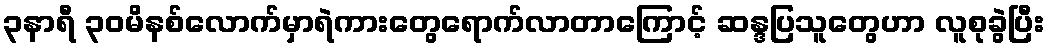
၃နာရီ ၃၀မိနစ်လောက်မှာရဲကားတွေရောက်လာတာကြောင့် ဆန္ဒပြသူတွေဟာ လူစုခွဲပြီး